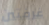
غرفتين